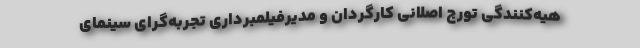
هیه‌کنندگی تورج اصلانی کارگردان و مدیرفیلمبرداری تجربه‌گرای سینمای